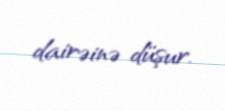
dairəinə düşur.